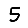
Digit: 5